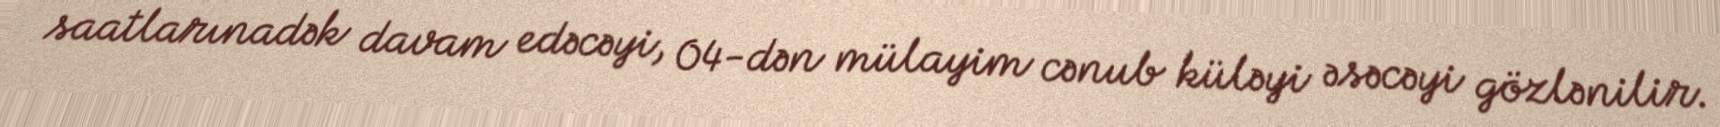
saatlarınadək davam edəcəyi, 04-dən mülayim cənub küləyi əsəcəyi gözlənilir.